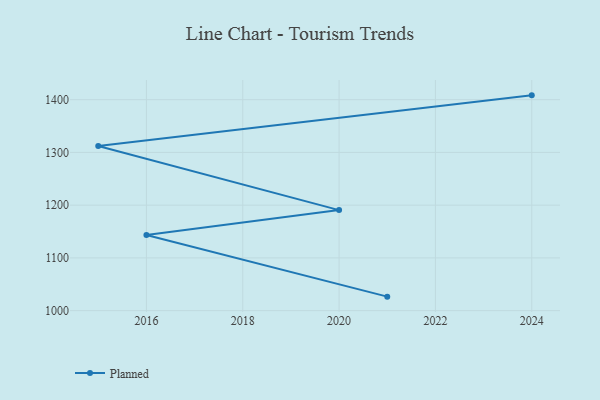
{"axis": {"x": "Year", "y": "Active Users"}, "legend": ["Planned"], "data": [{"x": "2021", "y": 1026.5, "type": "Planned"}, {"x": "2016", "y": 1143.5, "type": "Planned"}, {"x": "2020", "y": 1190.6, "type": "Planned"}, {"x": "2015", "y": 1312.2, "type": "Planned"}, {"x": "2024", "y": 1408.2, "type": "Planned"}]}